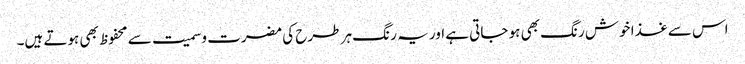
اس سے غذا خوش رنگ بھی ہو جاتی ہے اور یہ ر نگ ہر طرح کی مضرت وسمیت سے محفوظ بھی ہوتے ہیں۔